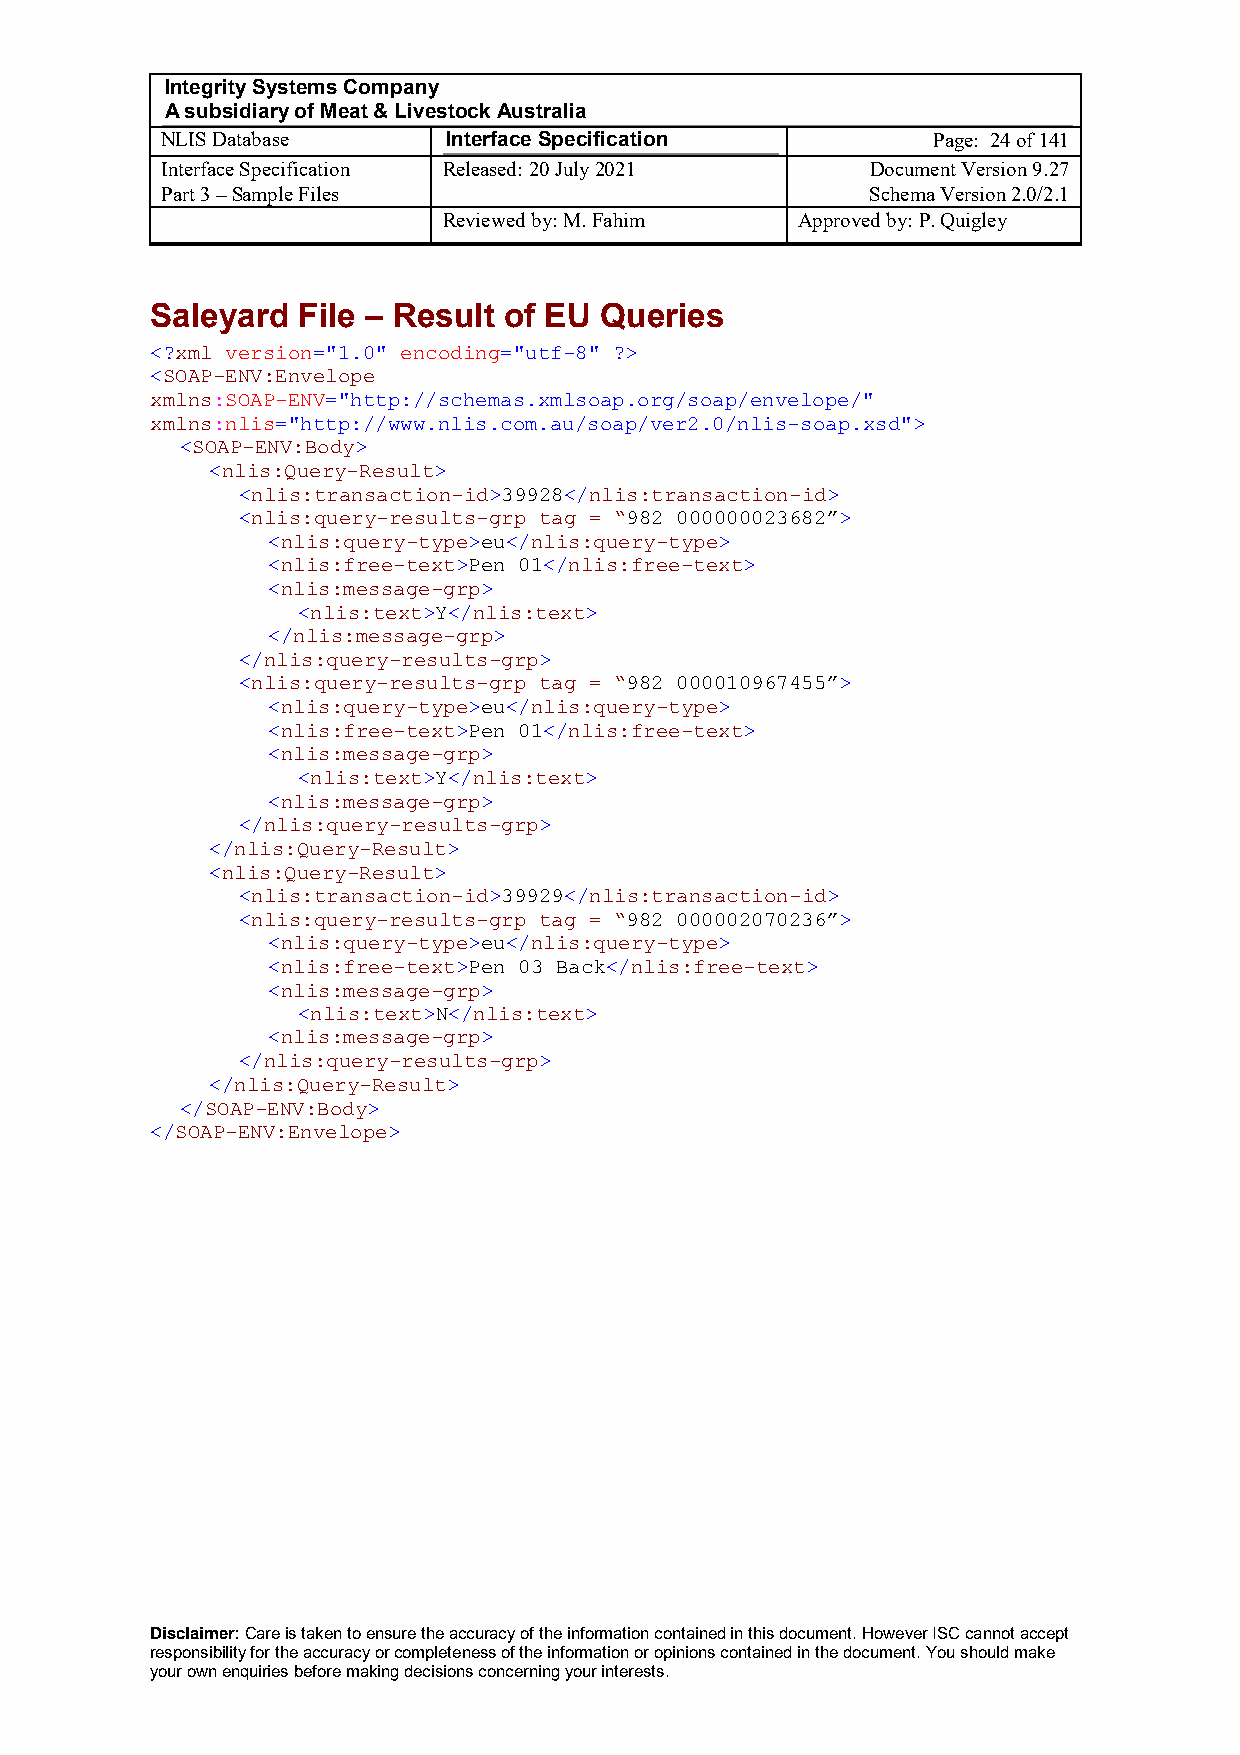
Integrity Systems Company
 A subsidiary of Meat & Livestock Australia
 NLIS Database      Interface Specification         Page: 24 of 141
 Interface Specification Released: 20 July 2021 Document Version 9.27
 Part 3 – Sample Files                          Schema Version 2.0/2.1
 Reviewed by: M. Fahim   Approved by: P. Quigley
 Saleyard  File – Result of EU Queries
 <?xml version="1.0" encoding="utf-8" ?>
 <SOAP-ENV:Envelope
 xmlns:SOAP-ENV="http://schemas.xmlsoap.org/soap/envelope/"
 xmlns:nlis="http://www.nlis.com.au/soap/ver2.0/nlis-soap.xsd">
 <SOAP-ENV:Body>
 <nlis:Query-Result>
 <nlis:transaction-id>39928</nlis:transaction-id>
 <nlis:query-results-grp tag = “982 000000023682”>
 <nlis:query-type>eu</nlis:query-type>
 <nlis:free-text>Pen 01</nlis:free-text>
 <nlis:message-grp>
 <nlis:text>Y</nlis:text>
 </nlis:message-grp>
 </nlis:query-results-grp>
 <nlis:query-results-grp tag = “982 000010967455”>
 <nlis:query-type>eu</nlis:query-type>
 <nlis:free-text>Pen 01</nlis:free-text>
 <nlis:message-grp>
 <nlis:text>Y</nlis:text>
 <nlis:message-grp>
 </nlis:query-results-grp>
 </nlis:Query-Result>
 <nlis:Query-Result>
 <nlis:transaction-id>39929</nlis:transaction-id>
 <nlis:query-results-grp tag = “982 000002070236”>
 <nlis:query-type>eu</nlis:query-type>
 <nlis:free-text>Pen 03 Back</nlis:free-text>
 <nlis:message-grp>
 <nlis:text>N</nlis:text>
 <nlis:message-grp>
 </nlis:query-results-grp>
 </nlis:Query-Result>
 </SOAP-ENV:Body>
 </SOAP-ENV:Envelope>
 Disclaimer: Care is taken to ensure the accuracy of the information contained in this document. However ISC cannot accept
 responsibility for the accuracy or completeness of the information or opinions contained in the document. You should make
 your own enquiries before making decisions concerning your interests.